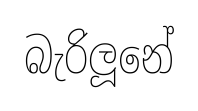
බැරිලූනේ